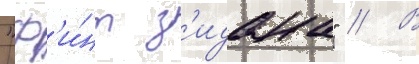
"ф'и́нт з'идана" // В